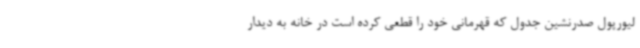
لیورپول صدرنشین جدول که قهرمانی خود را قطعی کرده است در خانه به دیدار